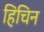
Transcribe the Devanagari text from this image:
हिचिन